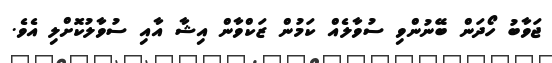
ޖަވާބު ހޯދަން ބޭނުންވި ސުވާލެއް ކަމުން ޒަކްވާން އިޝާ އާއި ސުވާލުކޮށްލި އެވެ.